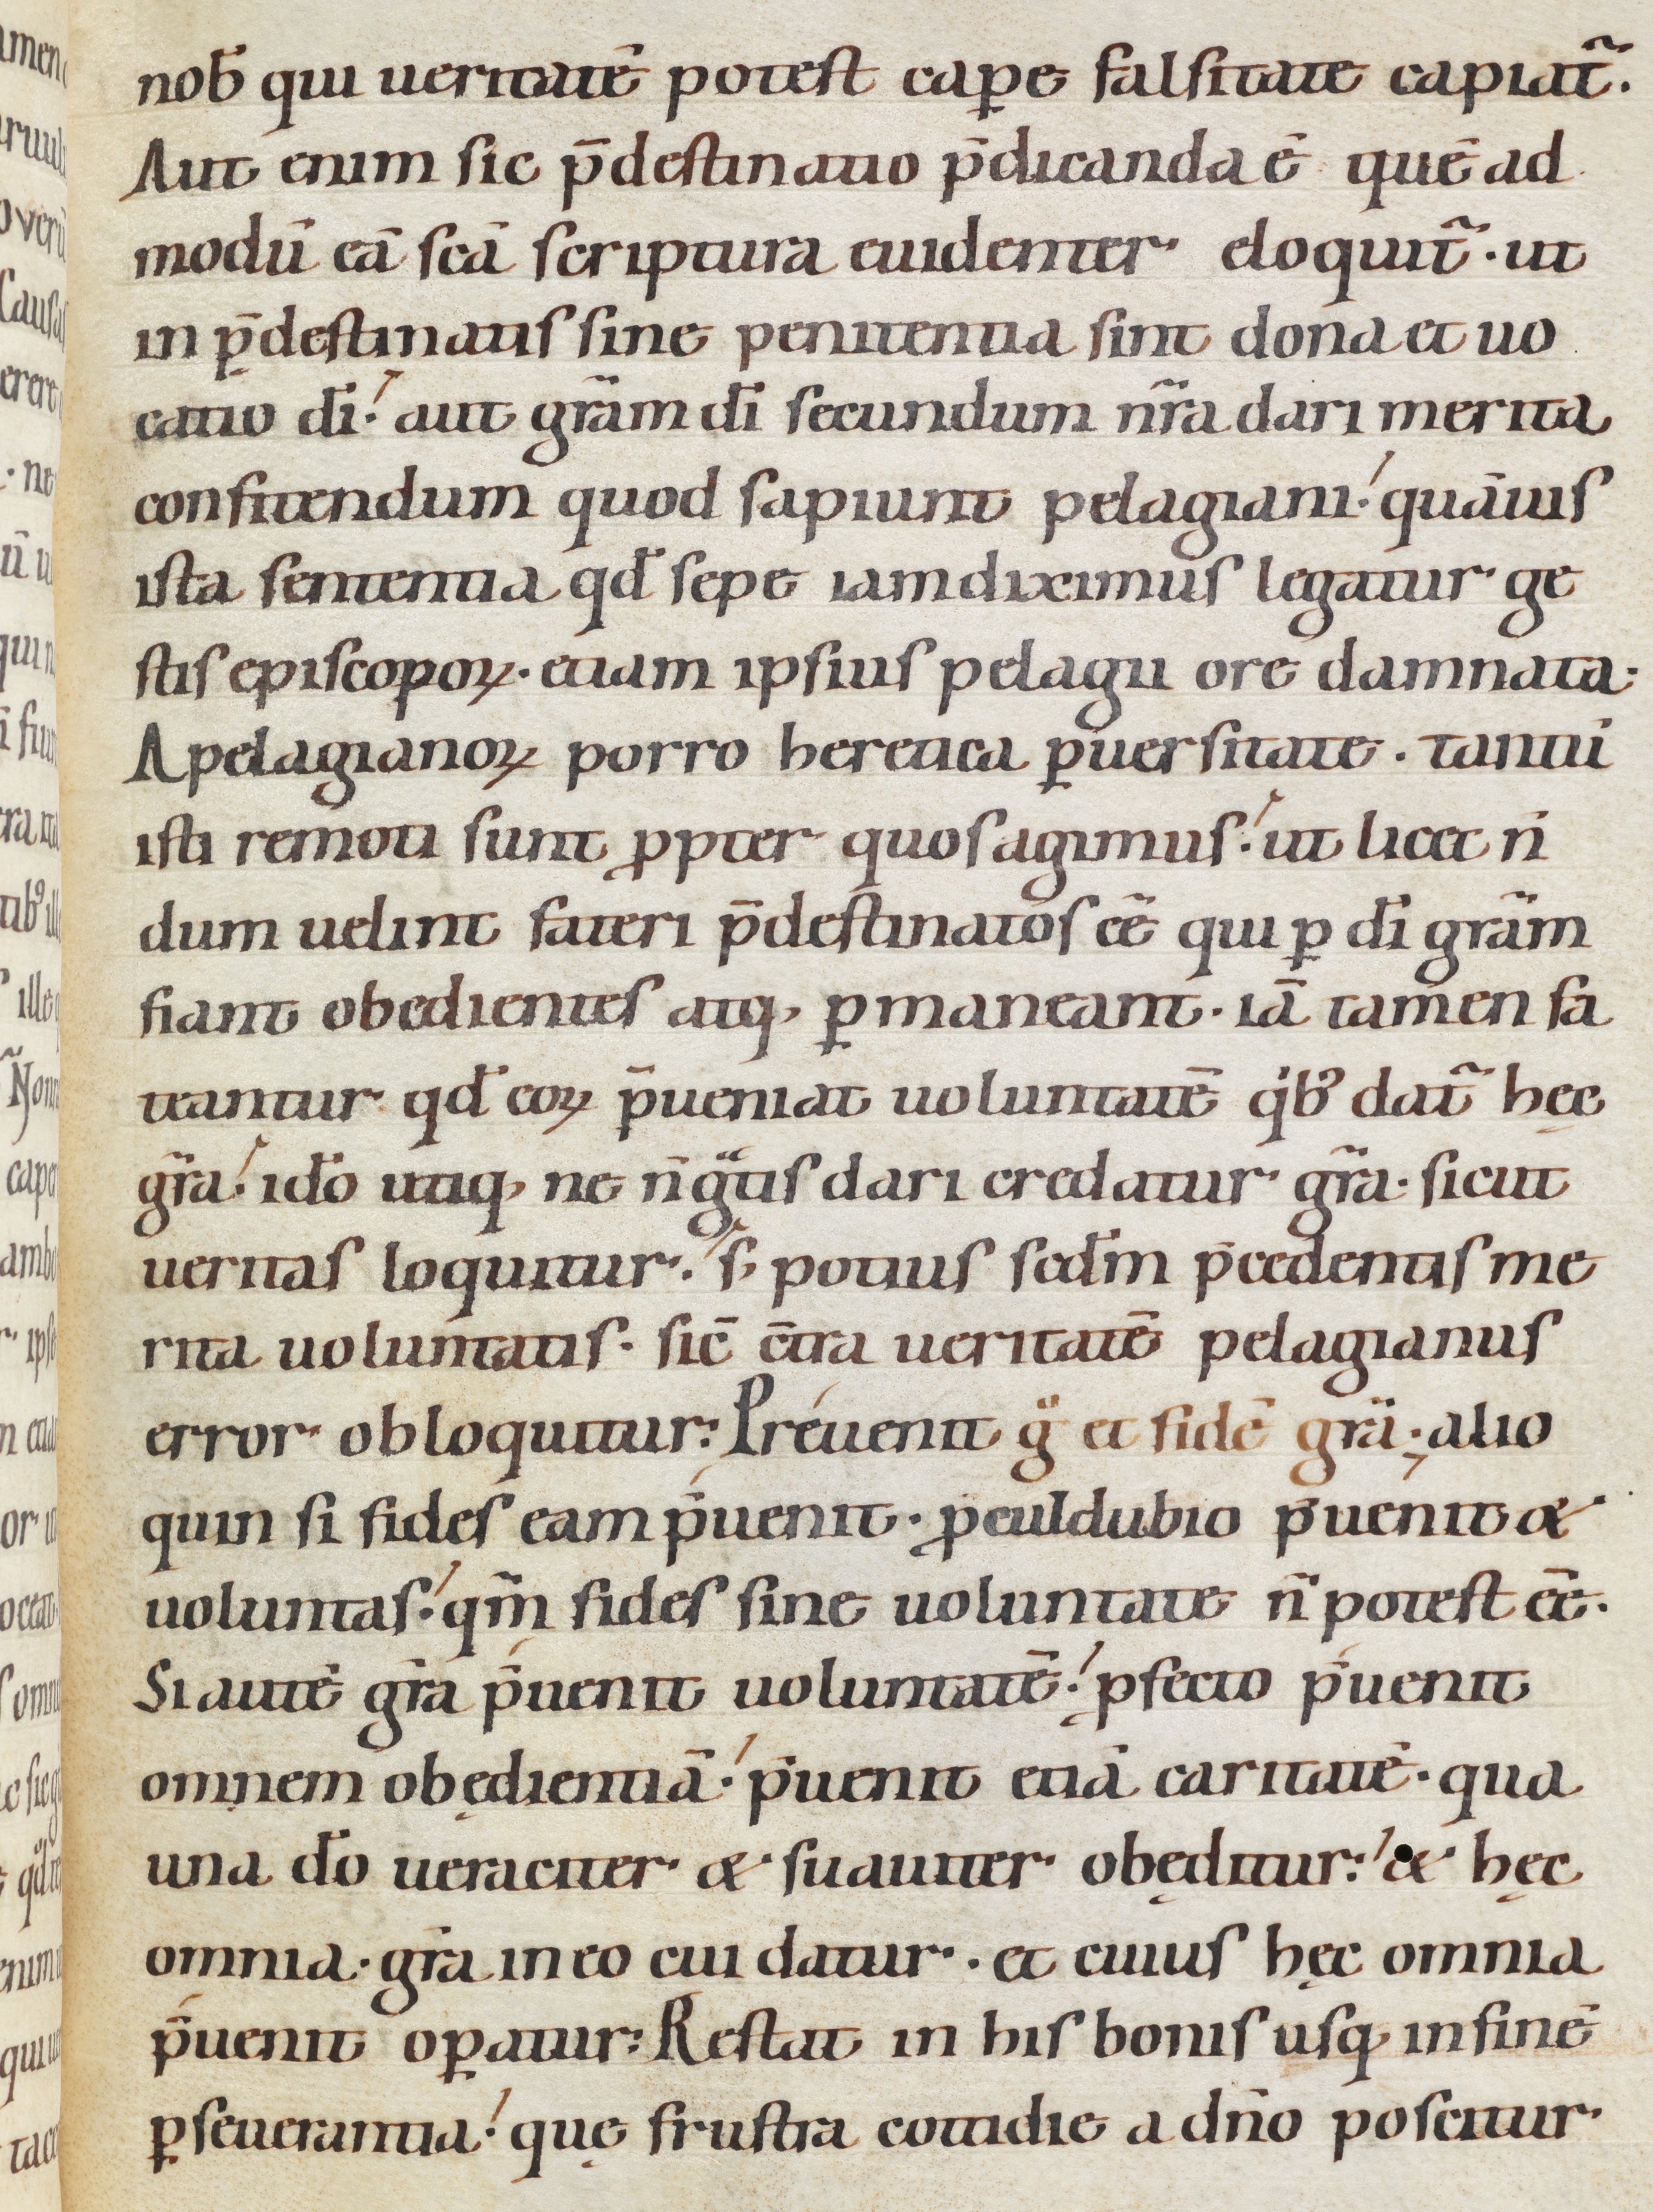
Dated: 1080–1096